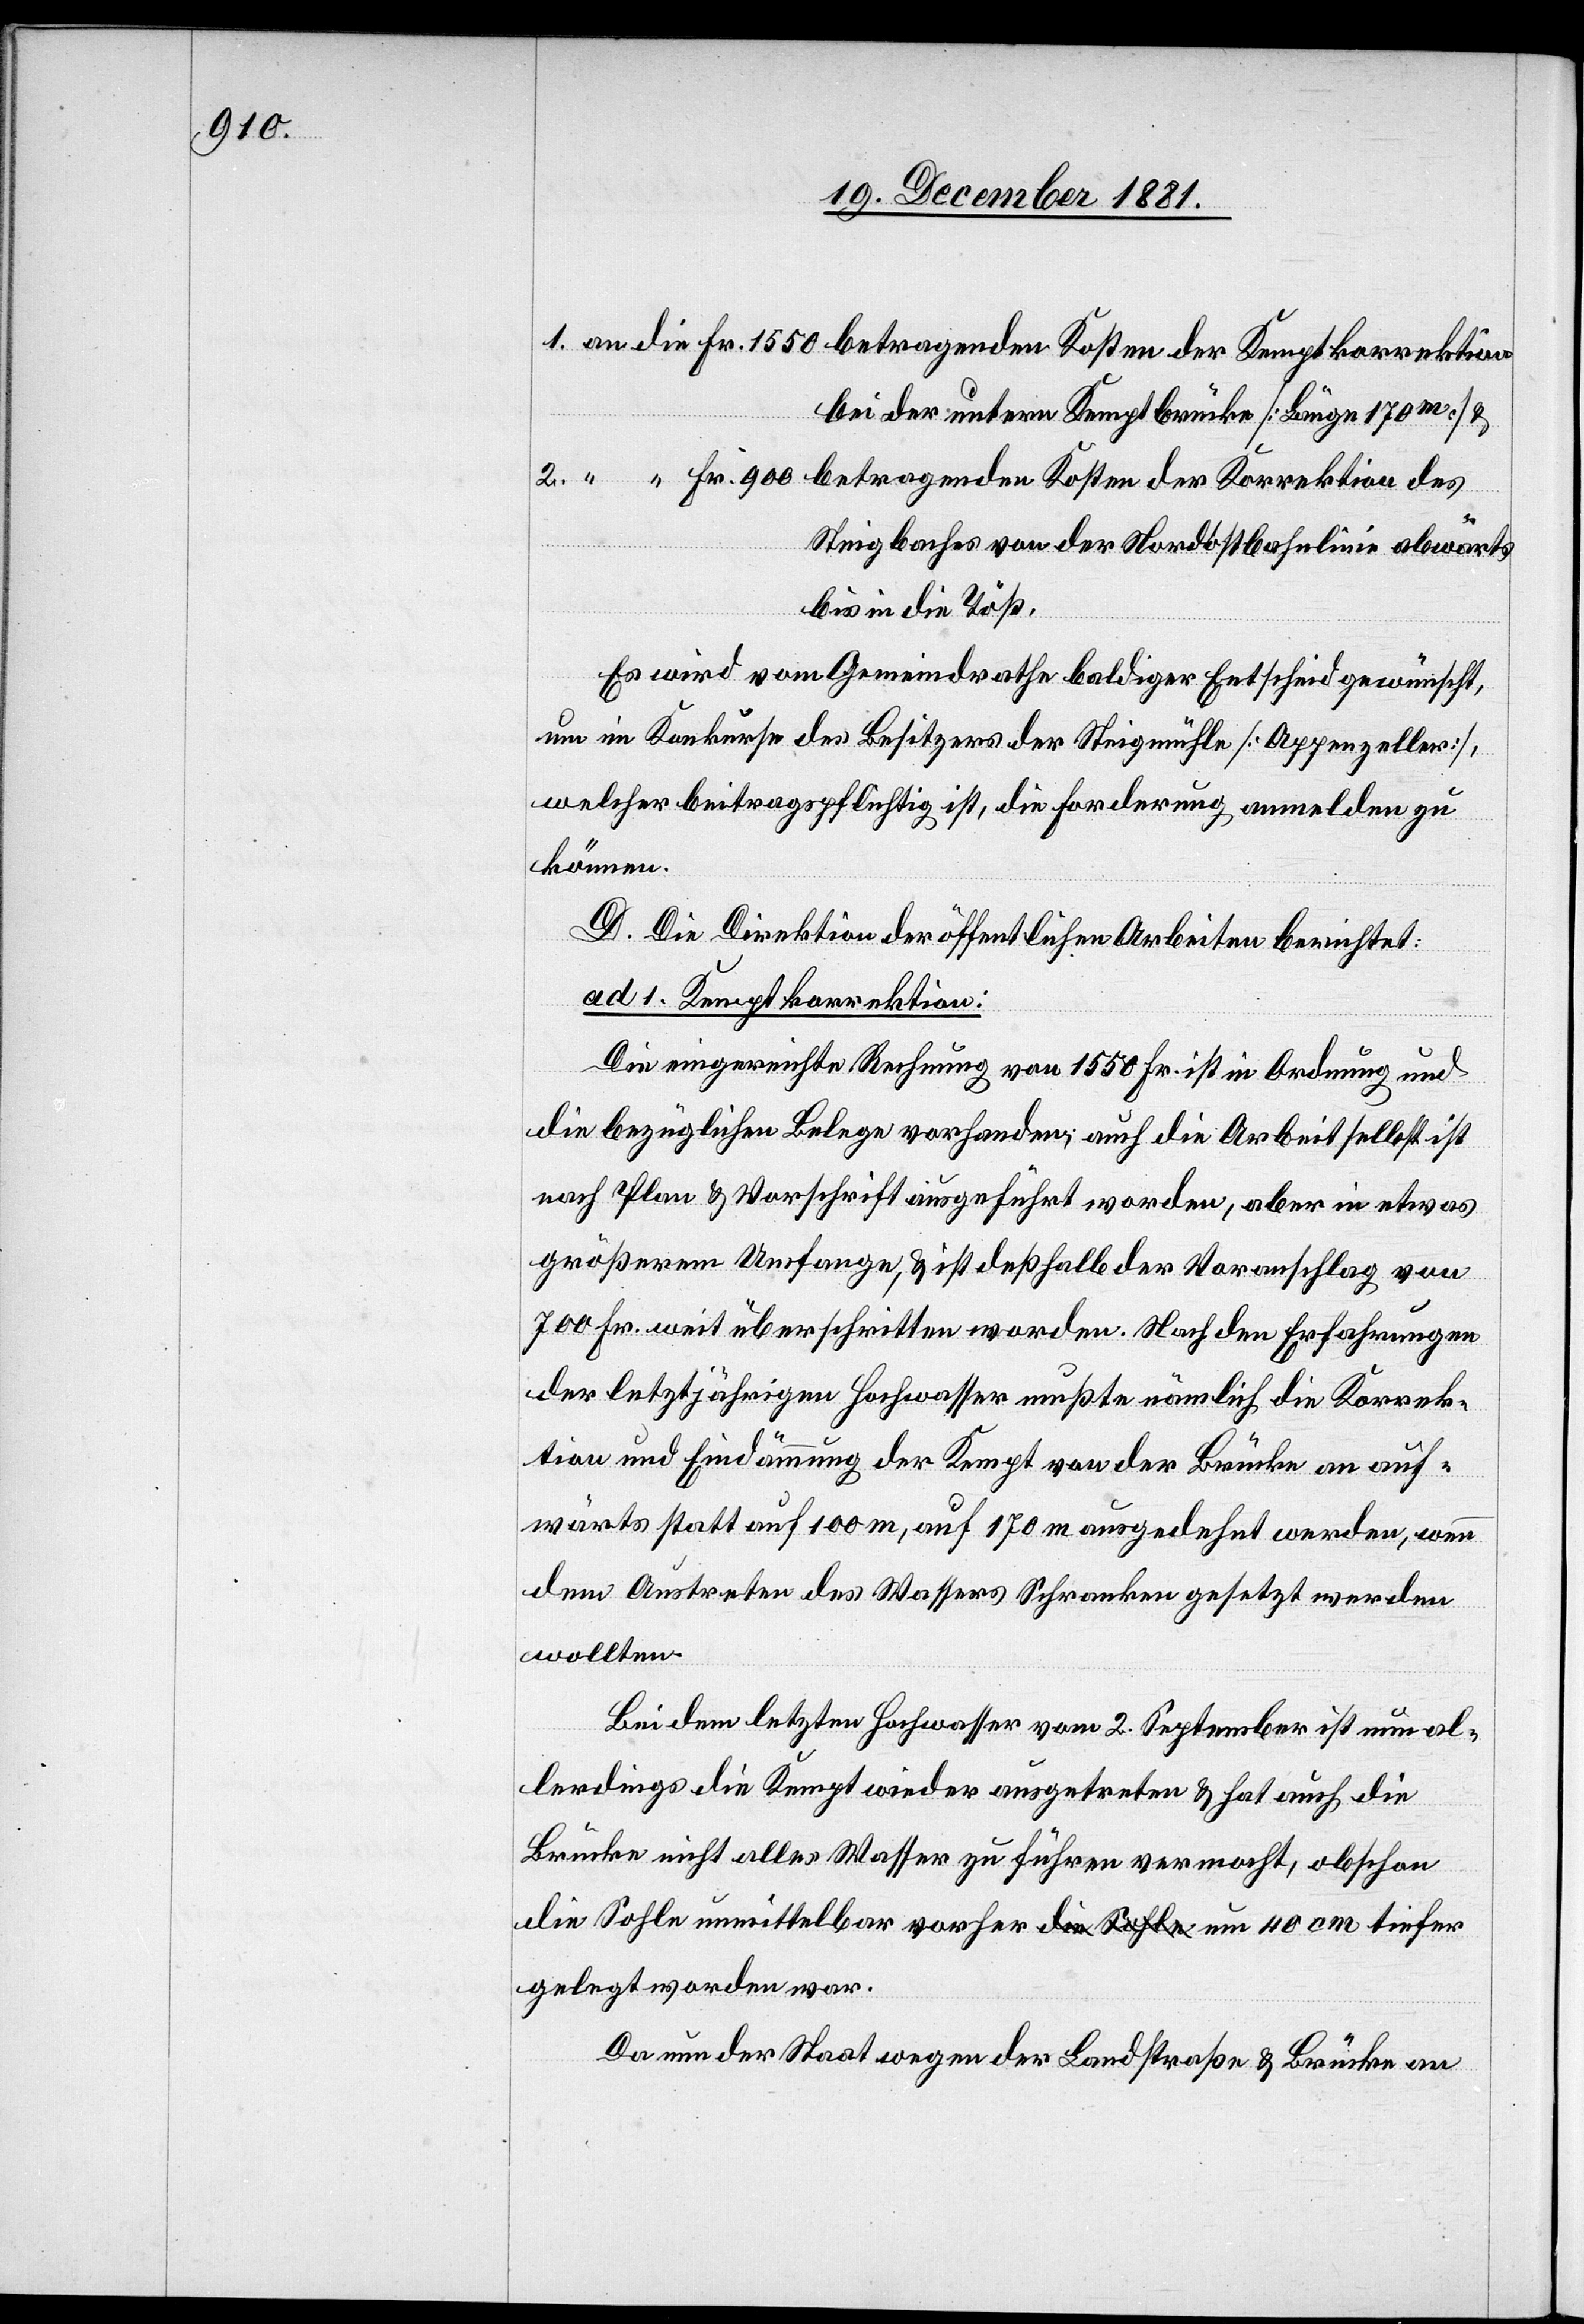
bei der untern Kemptbrücke [Länge 170m] &
des
Steigbaches von der Nordostbahnlinie abwärts
bis in die Töß.
Es wird vom Gemeindrathe baldiger Entscheid gewünscht,
um im Konkurse des Besitzers der Steigmühle [Appenzeller],
welcher beitragspflichtig ist, die Forderung anmelden zu
können.
D. Die Direktion der öffentlichen Arbeiten berichtet:
Fr.
ad 1. Kemptkorrektion:
Die eingereichte Rechnung von 1550 Fr. ist in Ordnung und
die bezüglichen Belege vorhanden; auch die Arbeit selbst ist
nach Plan & Vorschrift ausgeführt worden, aber in etwas
größerem Umfange, & ist deßhalb der Voranschlag von
700 Fr. weit überschritten worden. Nach den Erfahrungen
der letztjährigen Hochwasser mußte nämlich die Korrek¬
tion und Eindämmung der Kempt von der Brücke an auf¬
wärts statt auf 100m, auf 170m ausgedehnt werden, wenn
dem Austreten des Wassers Schranken gesetzt werden
wollten.
Bei dem letzten Hochwasser vom 2. September ist nun al¬
lerdings die Kempt wieder ausgetreten & hat auch die
Brücke nicht alles Wasser zu führen vermocht, obschon
die Sohle unmittelbar vorher um 40cm tiefer
gelegt worden war.
Da nun der Staat wegen der Landstraße & Brücke an